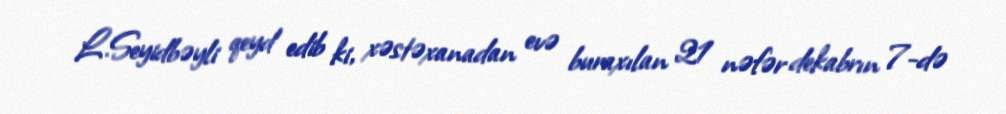
L.Seyidbəyli qeyd edib ki, xəstəxanadan evə buraxılan 21 nəfər dekabrın 7-də